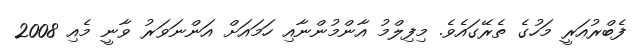
ފެބްރުއަރީ މަހުގެ ތެރޭގައެވެ. މިފިލްމު އާންމުންނާއި ހަމައަށް އަންނަވަރު ވާނީ މެއި 2008